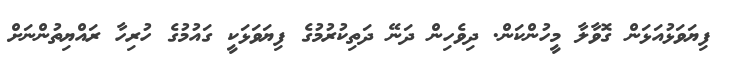
ފިޔަވަޅުއަޅަން ގޮވާލާ މީހުންކަން. ދިވެހިން ދަނޭ ދަތިކުރުމުގެ ފިޔަވަޅަކީ ގައުމުގެ ހުރިހާ ރައްޔިތުންނަށް